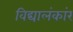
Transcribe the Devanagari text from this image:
विद्यालंकांर